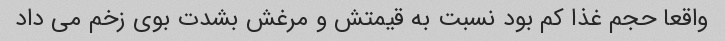
واقعا حجم غذا کم بود نسبت به قیمتش و مرغش بشدت بوى زخم مى داد